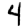
Digit: 4